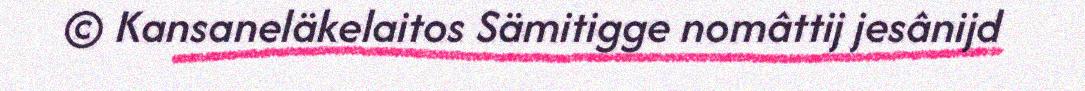
© Kansaneläkelaitos Sämitigge nomâttij jesânijd